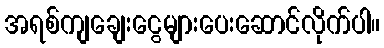
အရစ်ကျချေးငွေများပေးဆောင်လိုက်ပါ။